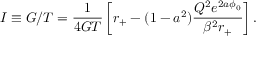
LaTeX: I \equiv { \cal G } / T = \frac { 1 } { 4 G T } \left[ r _ { + } - ( 1 - a ^ { 2 } ) \frac { Q ^ { 2 } e ^ { 2 a \phi _ { 0 } } } { \beta ^ { 2 } r _ { + } } \right] .